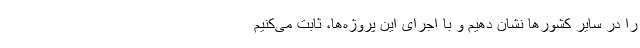
را در سایر کشورها نشان دهیم و با اجرای این پروژه‌ها، ثابت می‌کنیم